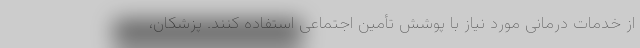
از خدمات درمانی مورد نیاز با پوشش تأمین اجتماعی استفاده کنند. پزشکان،